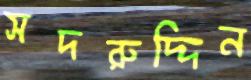
সদরুদ্দিন